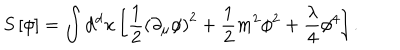
S \left[ \phi \right] = \int \mathrm { d ^ { d } } x \left[ { \frac { 1 } { 2 } } \left( \partial _ { \mu } \phi \right) ^ { 2 } + { \frac { 1 } { 2 } } m ^ { 2 } \phi ^ { 2 } + { \frac { \lambda } { 4 } } \phi ^ { 4 } \right] .